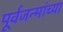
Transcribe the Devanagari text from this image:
पूर्वजन्मांच्या